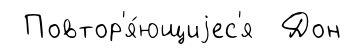
Повтор'я́ющиjес'я Дон